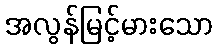
အလွန်မြင့်မားသော